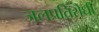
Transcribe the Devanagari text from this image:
जलप्रतिरोधी